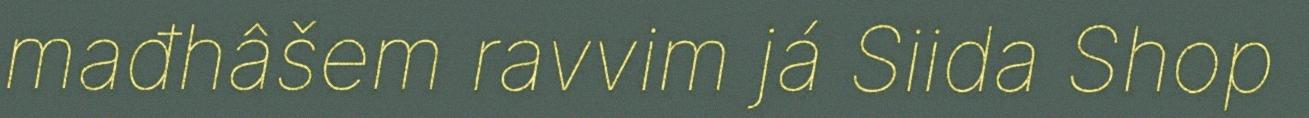
mađhâšem ravvim já Siida Shop